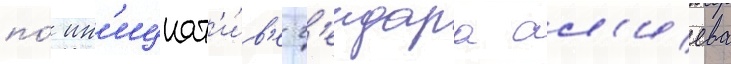
по́ ин'ициат'и́в'е г'еидара ал'иева